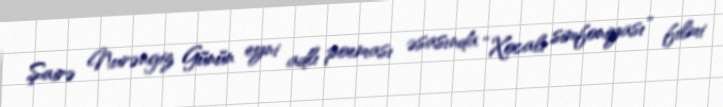
Şairə Nurəngiz Günün eyni adlı poeması əsasında “Xocalı simfoniyası” filmi